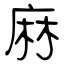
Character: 麻